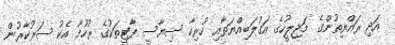
އަދި ރައްޔިތުންގެ މަޖިލީހުގެ އަގުލަބިއްޔަތާއި ހުރިހާ ސިޔާސީ ޕާޓީތަކުގެ ރުހުމާ އެކު ސަރުކާރުން